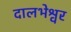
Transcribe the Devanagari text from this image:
दालभेश्वर